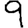
Digit: 9